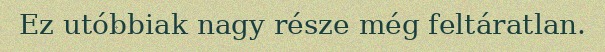
Ez utóbbiak nagy része még feltáratlan.